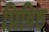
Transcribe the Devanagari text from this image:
प्रिविष्ठ